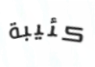
كئيبة